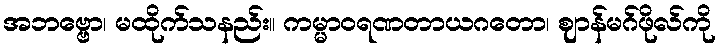
အဘဗ္ဗော၊ မထိုက်သနည်း။ ကမ္မာဝရဏတာယဂတော၊ ဈာန်မဂ်ဖိုလ်ကို